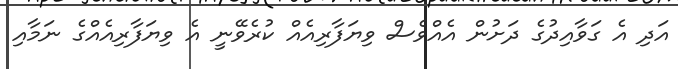
އަދި އެ ގަވާއިދުގެ ދަށުން އެއްވެސް ވިޔަފާރިއެއް ކުރެވޭނީ އެ ވިޔަފާރިއެއްގެ ނަމާއި